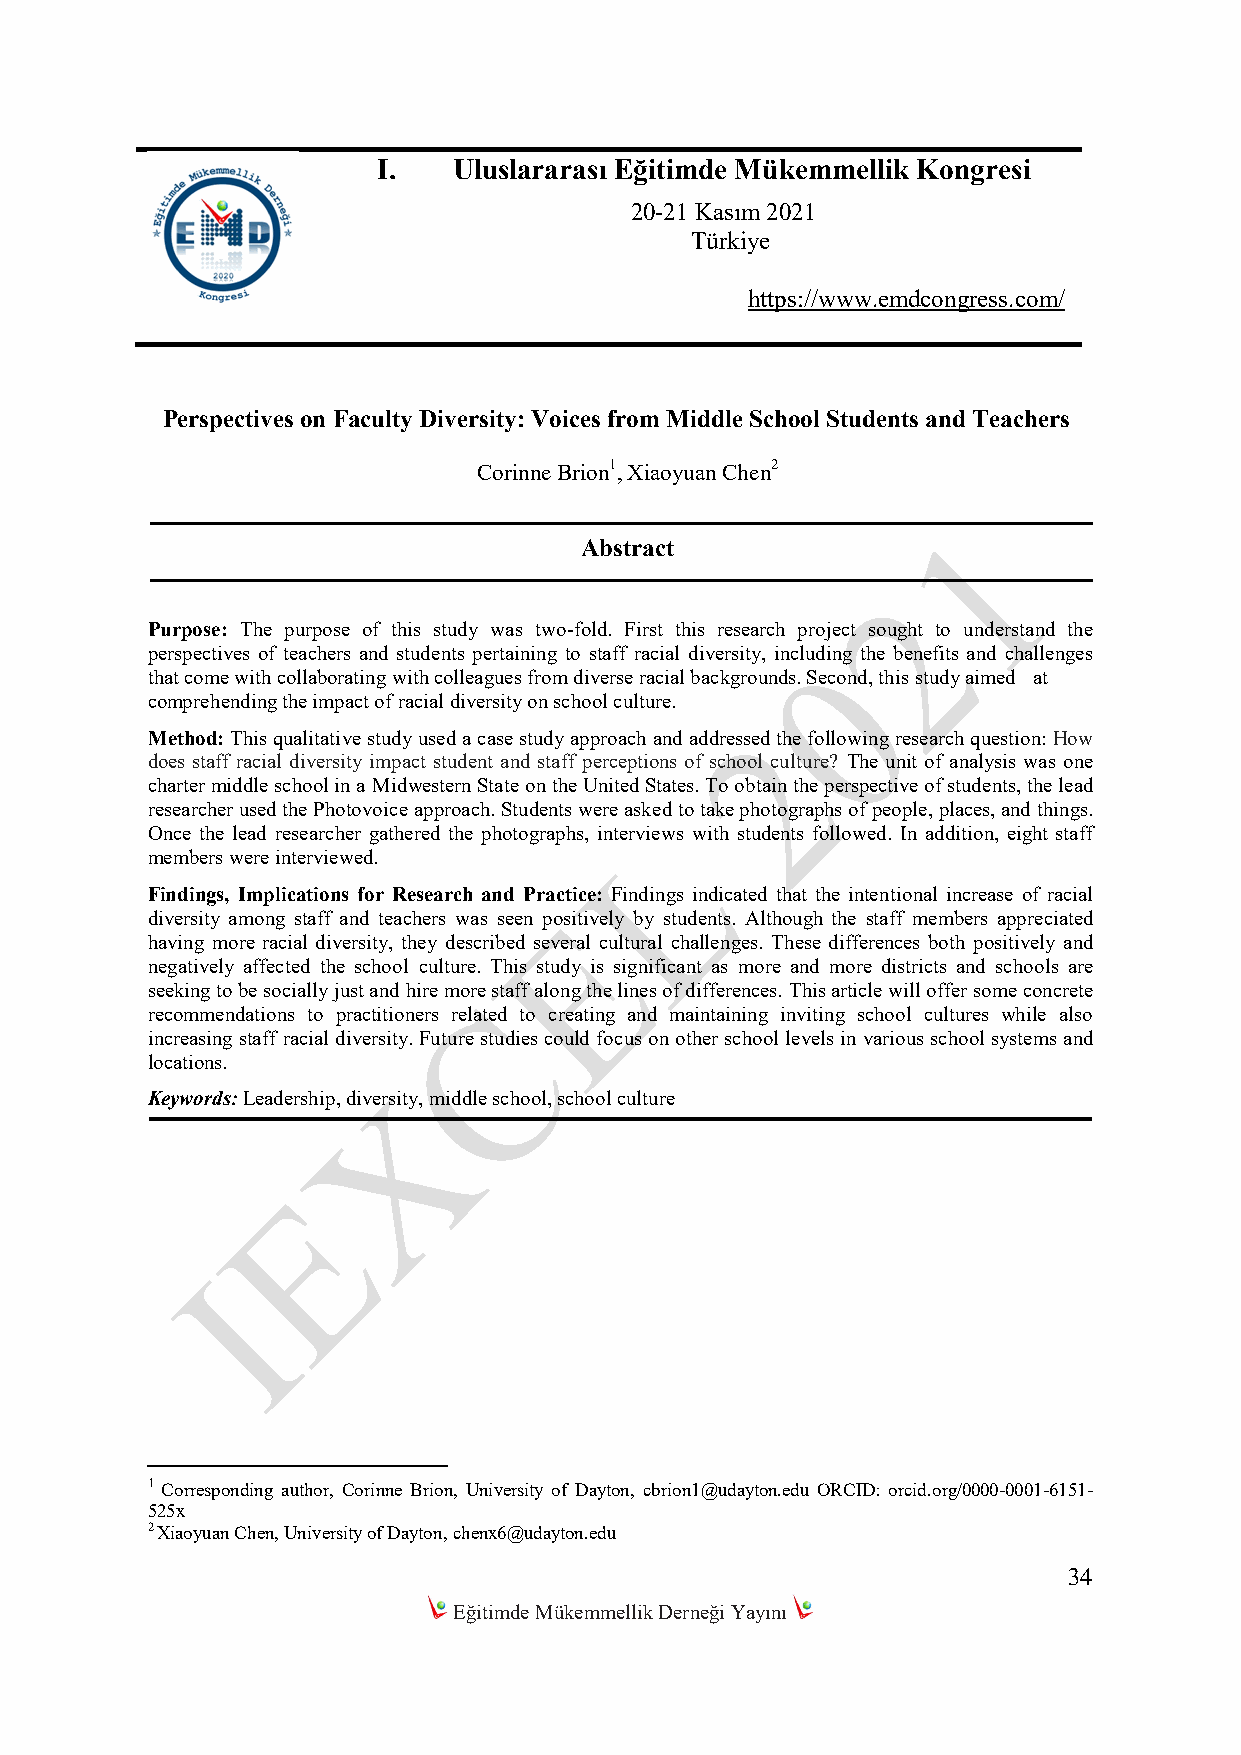
I.   Uluslararası Eğitimde Mükemmellik Kongresi
 20-21 Kasım 2021
 Türkiye
 https://www.emdcongress.com/
 Perspectives on Faculty Diversity: Voices from Middle School Students and Teachers
 Corinne Brion1, Xiaoyuan Chen2
 Abstract
 Purpose: The purpose of this study was two-fold. First this research project sought to understand the
 perspectives of teachers and students pertaining to staff racial diversity, including the benefits and challenges
 that come with collaborating with colleagues from diverse racial backgrounds. Second, this study aimed at
 comprehending the impact of racial diversity on school culture.
 Method: This qualitative study used a case study approach and addressed the following research question: How
 does staff racial diversity impact student and staff perceptions of school culture? The unit of analysis was one
 charter middle school in a Midwestern State on the United States. To obtain the perspective of students, the lead
 researcher used the Photovoice approach. Students were asked to take photographs of people, places, and things.
 Once the lead researcher gathered the photographs, interviews with students followed. In addition, eight staff
 members were interviewed.
 Findings, Implications for Research and Practice: Findings indicated that the intentional increase of racial
 diversity among staff and teachers was seen positively by students. Although the staff members appreciated
 having more racial diversity, they described several cultural challenges. These differences both positively and
 negatively affected the school culture. This study is significant as more and more districts and schools are
 seeking to be socially just and hire more staff along the lines of differences. This article will offer some concrete
 recommendations to practitioners related to creating and maintaining inviting school cultures while also
 increasing staff racial diversity. Future studies could focus on other school levels in various school systems and
 locations.
 Keywords: Leadership, diversity, middle school, school culture
 1 Corresponding author, Corinne Brion, University of Dayton, cbrion1@udayton.edu ORCID: orcid.org/0000-0001-6151-
 525x
 2 Xiaoyuan Chen, University of Dayton, chenx6@udayton.edu
 34
 Eğitimde Mükemmellik Derneği Yayını